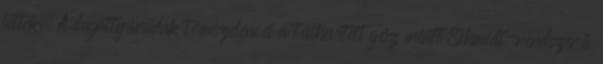
lettek. A dugattyúrudak tömszelencéi a túlhevített gőz miatt Schmidt-rendszerű